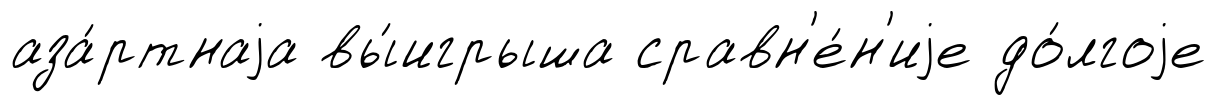
аза́ртнаjа вы́игрыша сравн'е́н'иjе до́лгоjе